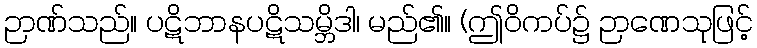
ဉာဏ်သည်။ ပဋိဘာနပဋိသမ္ဘိဒါ၊ မည်၏။ (ဤဝိကပ်၌ ဉာဏေသုဖြင့်